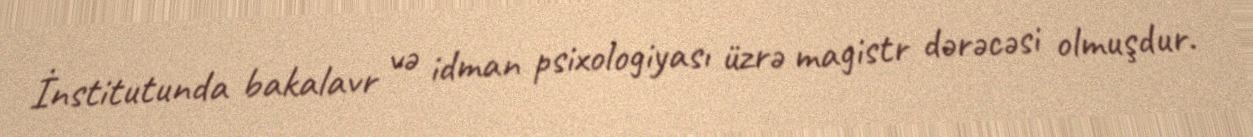
İnstitutunda bakalavr və idman psixologiyası üzrə magistr dərəcəsi olmuşdur.